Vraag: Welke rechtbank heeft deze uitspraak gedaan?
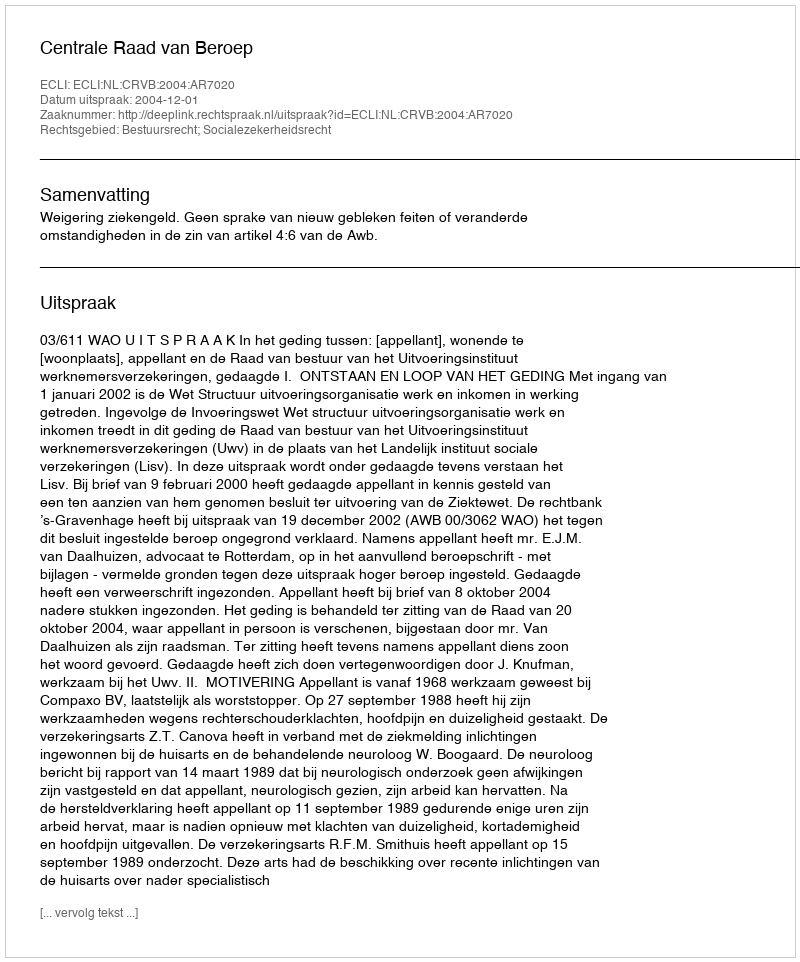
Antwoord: Centrale Raad van Beroep